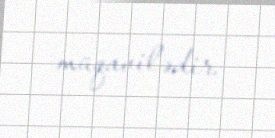
müqavilədir.